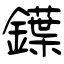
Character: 鐷